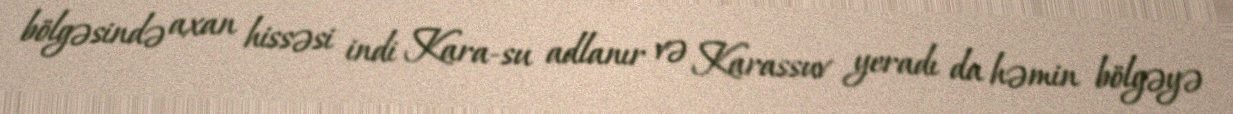
bölgəsində axan hissəsi indi Kara-su adlanır və Karassuv yeradı da həmin bölgəyə